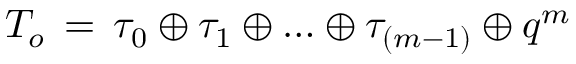
{ \cal T } _ { o } \, = \, \tau _ { 0 } \oplus \tau _ { 1 } \oplus \ldots \oplus \tau _ { ( m - 1 ) } \oplus q ^ { m }